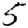
Digit: 5